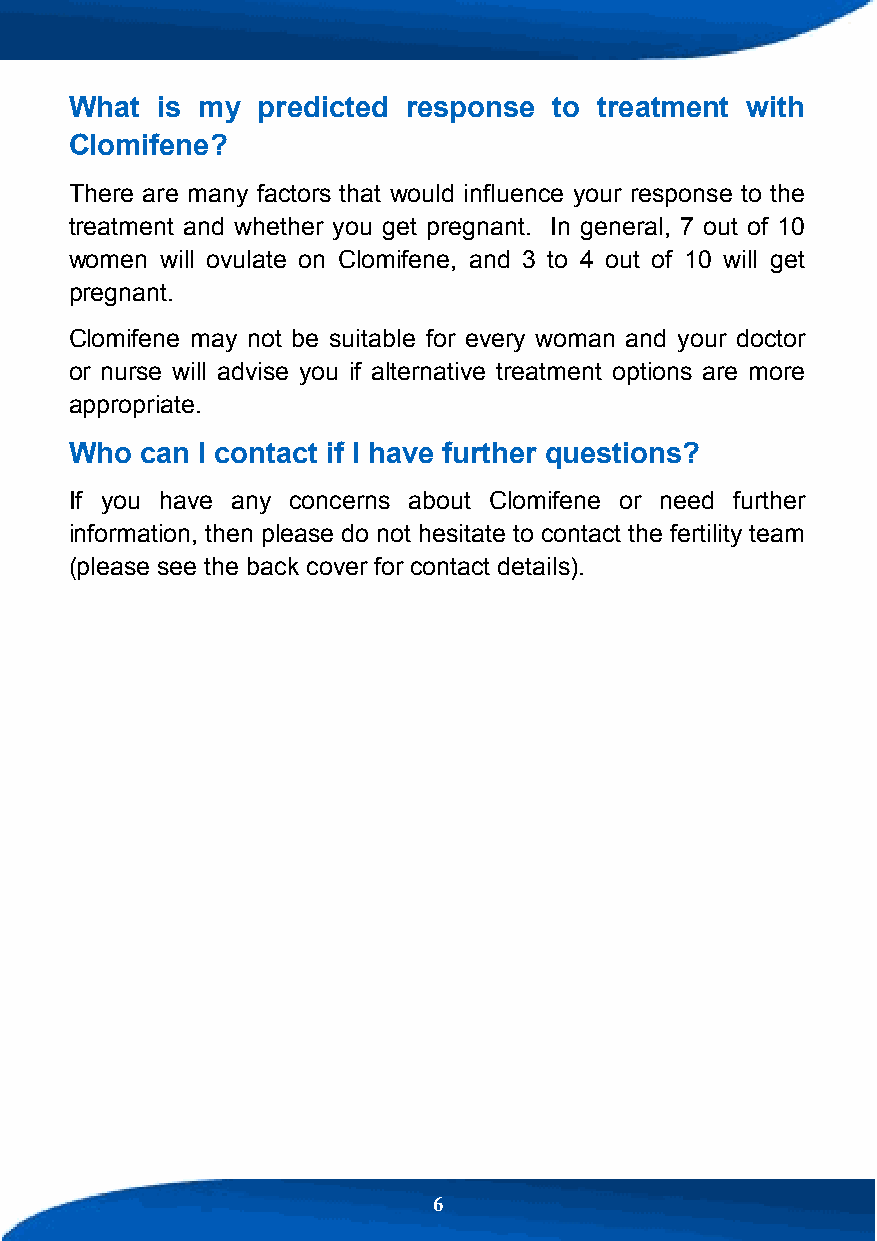
What is my  predicted response  to treatment with
 Clomifene?
 There are many factors that would influence your response to the
 treatment and whether you get pregnant. In general, 7 out of 10
 women will ovulate on Clomifene, and 3 to 4 out of 10 will get
 pregnant.
 Clomifene may not be suitable for every woman and your doctor
 or nurse will advise you if alternative treatment options are more
 appropriate.
 Who can I contact if I have further questions?
 If you have any concerns about Clomifene or need further
 information, then please do not hesitate to contact the fertility team
 (please see the back cover for contact details).
 6